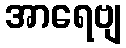
အာရေဗျ